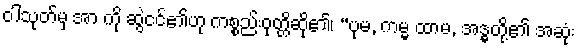
ဝါသုတ်မှ အာ ကို ဆွဲငင်၏ဟု ကစ္စည်းဝုတ္တိဆို၏၊ “ပုမ, ကမ္မ ထာမ, အဒ္ဓတို့၏ အဆုံး